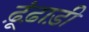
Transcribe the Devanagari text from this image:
ढ़ूंढ़ाड़ी